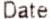
DATE